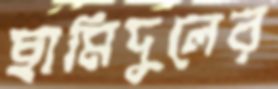
ছামিদুলের